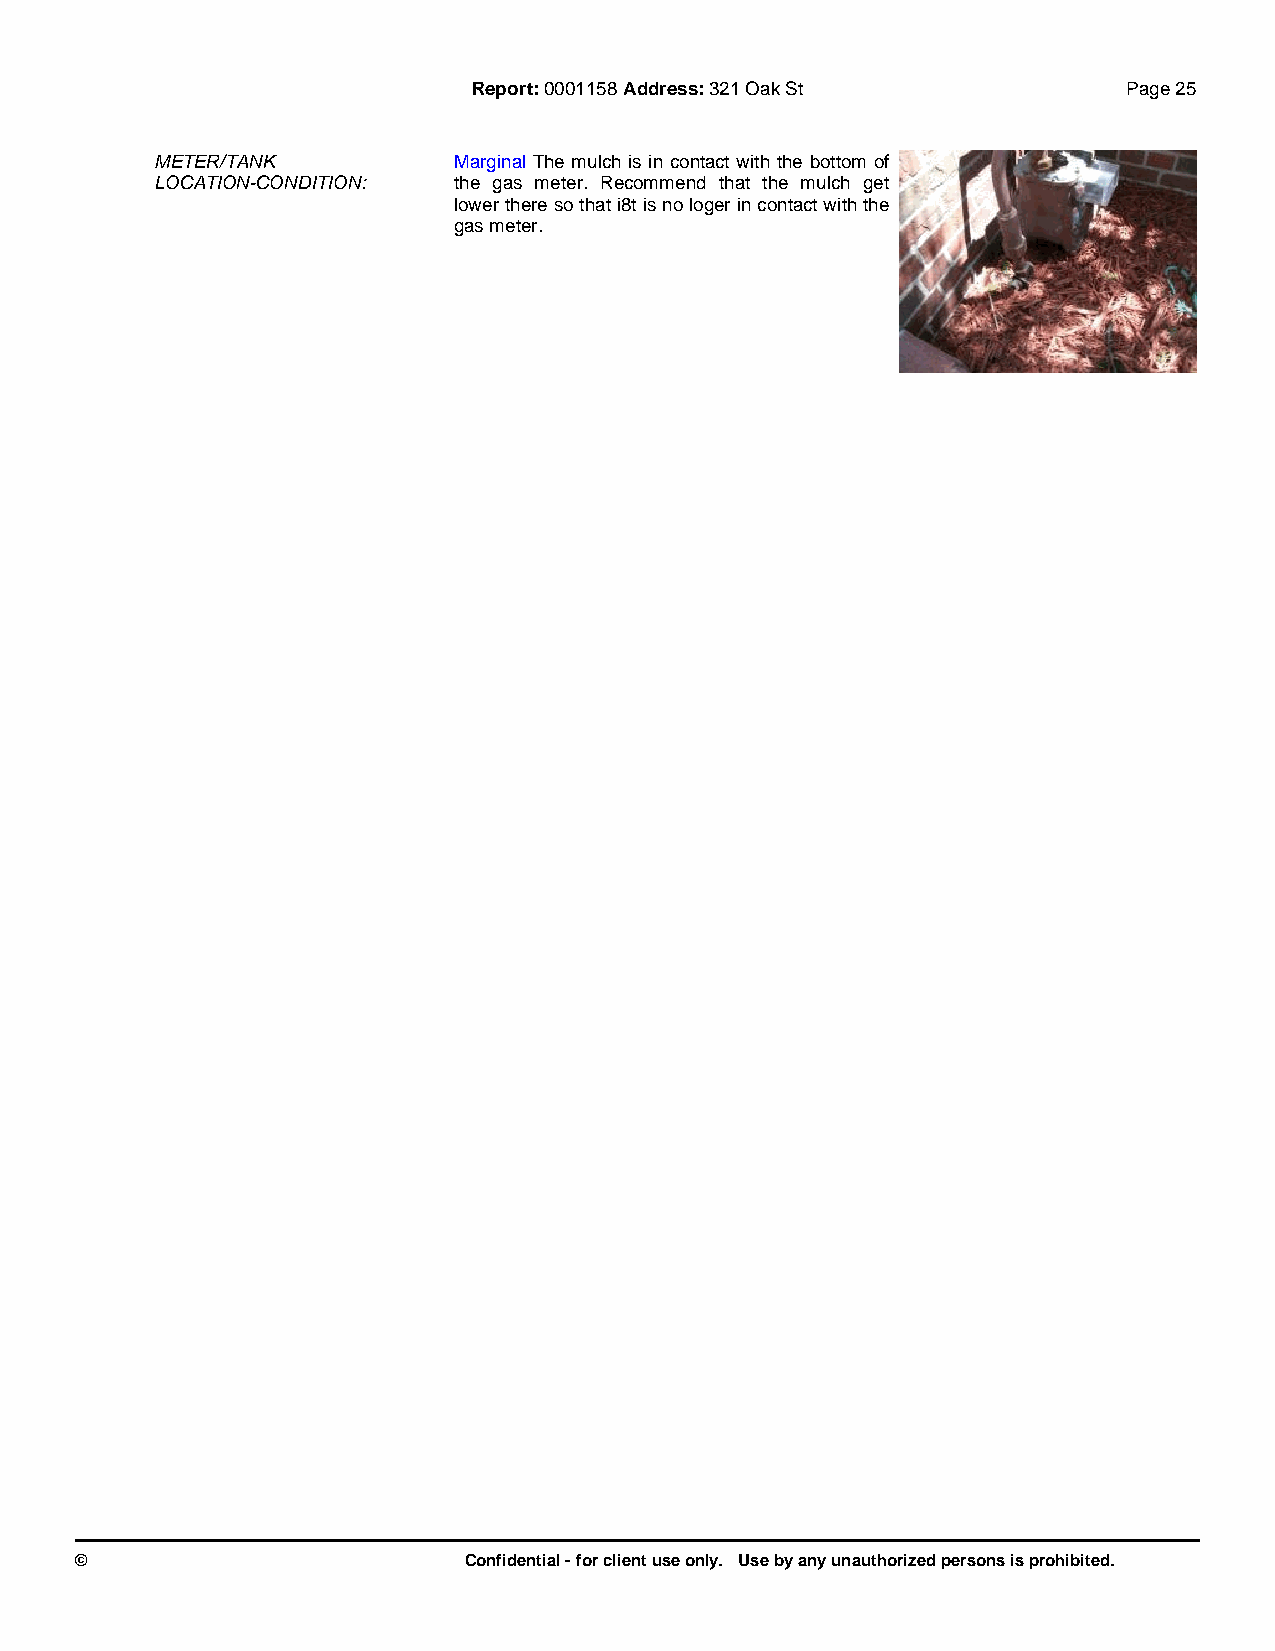
Report:0001158 Address:321 Oak St           Page 25
 METER/TANK          Marginal The mulch is in contact with the bottom of
 LOCATION-CONDITION: the gas meter. Recommend that the mulch get
 lower there so that i8t is no loger in contact with the
 gas meter.
 ©                         Confidential - for client use only. Use by any unauthorized persons is prohibited.